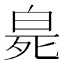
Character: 𤽨